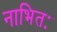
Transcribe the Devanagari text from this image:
नाभितः